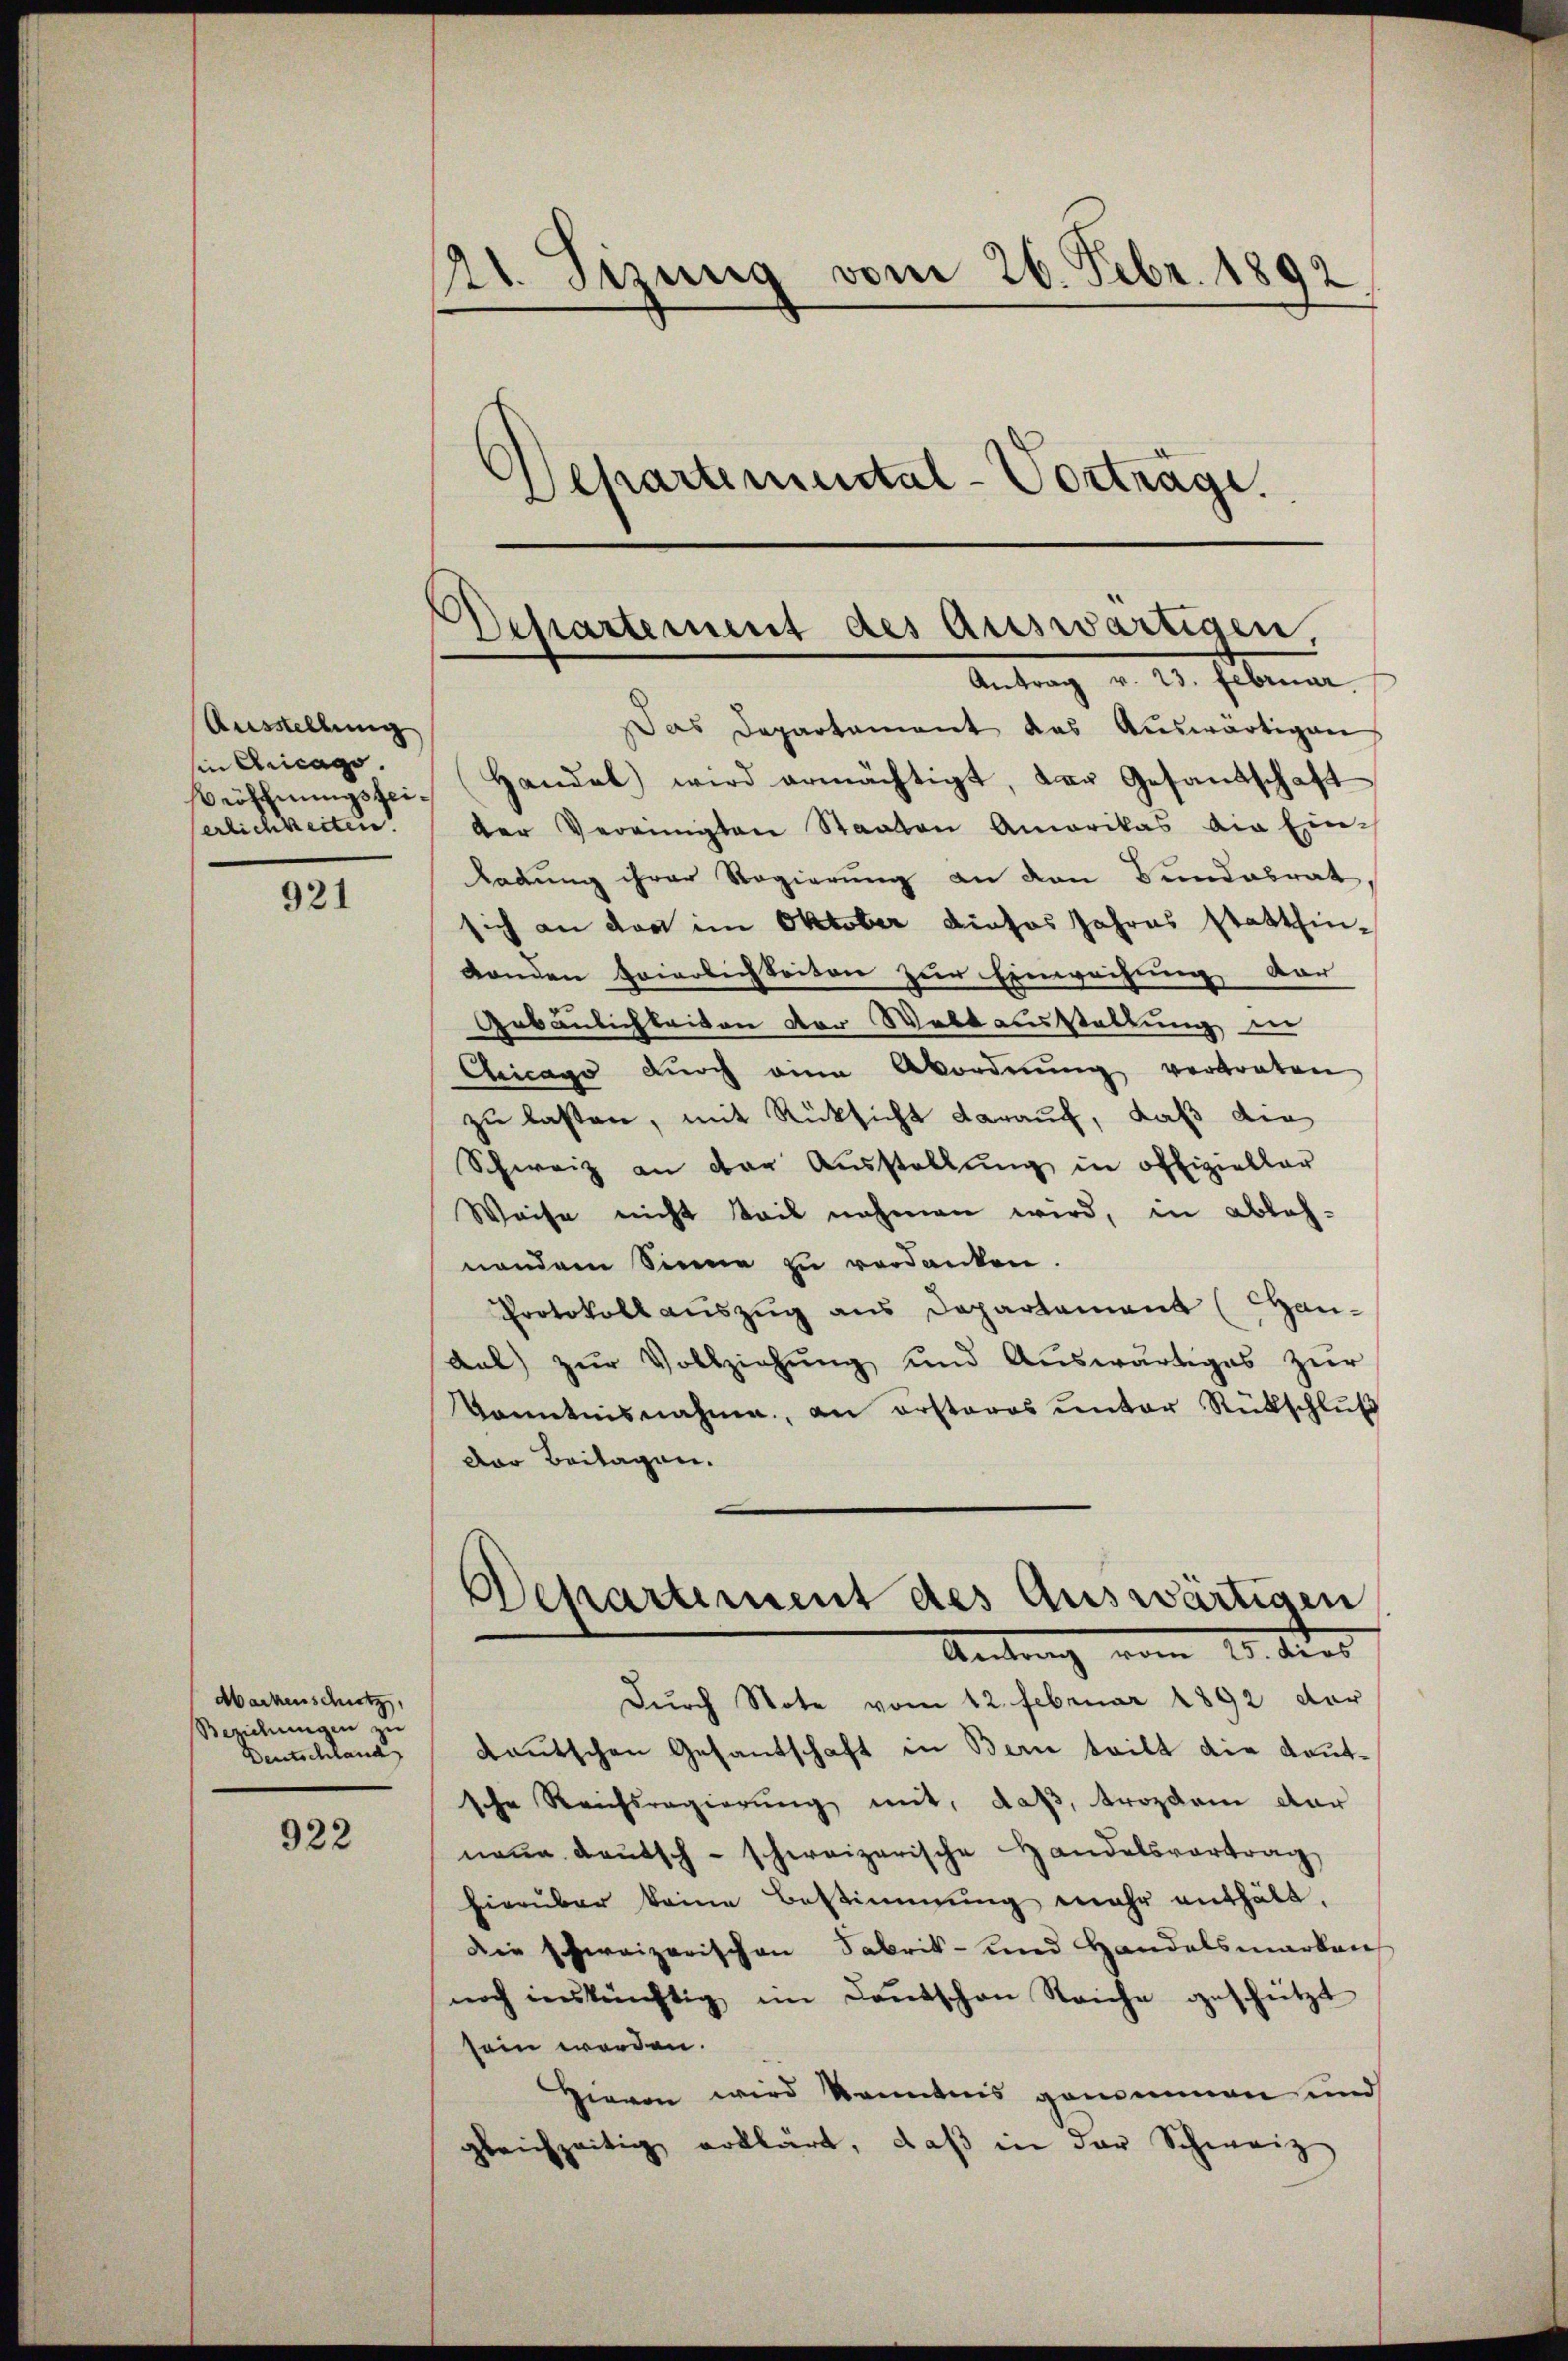
Ausstellung
sin Ericago.
eöfchnungsfeierlichkeiten.

921

Mackenschutz,
Beziehungen zu

922

1. etzung vom 26. Febr. 1892
Departemental-Vorträge.

Dessartement des auswärtigen,
Antrag v. 23. Februar

Das Departement das Auswärtigen
Handel wird ermächtigt, der Gesandschaft
der Vereinigten Staaten Amerikas die Ein-
ladung ihrer Regierung an den Bundesrat
sich an der im Oktober dieses Jahres statthin-
Londen Feierlichkeiten zur Einweihung dar
Gebäulichkeiten der Waltausstellung in
Chicago durch eine Abordnŭng vertreten
zu lassen, mit Rücksicht darauf, daß die
Schweiz an der Ausstellung in offiziellar
Weise nicht teil nehmen wird, in ablehnendem Sinne zu verdanken.
Protokoll auszug aus Departement (Handal) zŭr Vollziehung und Auswärtiges zur
kanntnisnahme, an ersteres ŭnter Rükschlŭβ
Der Beilagen.
Departement des Auswärtigen
Antrag vom 10. dies
Durch Note vom 12. Februar 1892 der
Deutschland deutschen Gesantschaft in Bern teilt die Kautsche Reichsregierung mit, daß, trozdem dar
naue deutsch-schweizerische Handelsvortrag
hierüber keine Bestimmung mehr enthält.
Die schweizerischen Fabrik- und Handelsmarken
noch inskünftig im Kantschen Reiche geschützt
sein werden.
Hievon wird konntens genommen und
gleichzeitig erklärt, daβ in der Schweiz